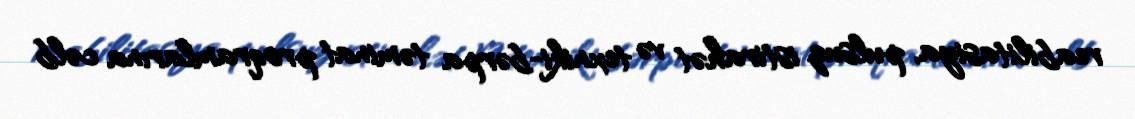
reabilitasiya, pulsuz istirahət və texniki-bərpa təminat proqramlarına cəlb